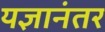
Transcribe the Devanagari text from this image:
यज्ञानंतर